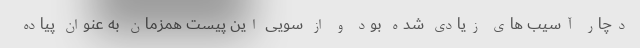
دچار آسیب های زیادی شده بود و از سویی این پیست همزمان به عنوان پیاده